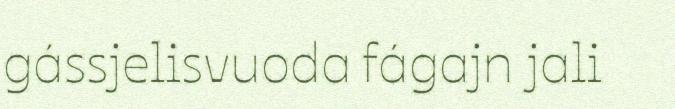
gássjelisvuoda fágajn jali